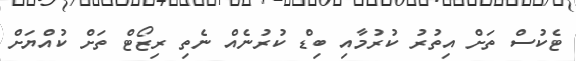
ޓެކުސް ތަށް އިތުރު ކުރުމާއި ބިޑް ކުރުނެއް ނެތި ރިޒޯޓް ތަށް ކުއްޔަށް